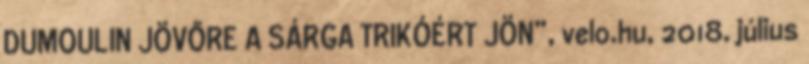
DUMOULIN JÖVŐRE A SÁRGA TRIKÓÉRT JÖN”, velo.hu, 2018. július